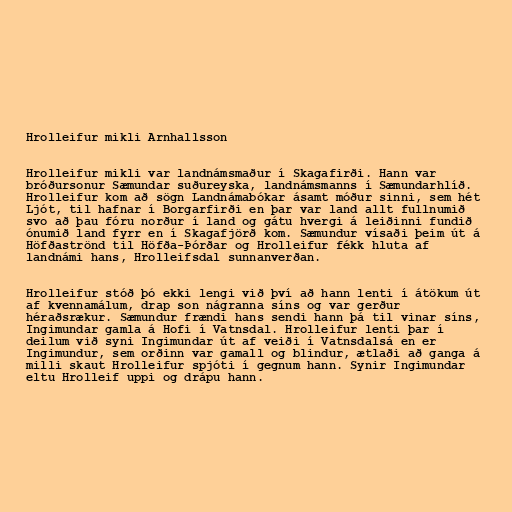
Hrolleifur mikli Arnhallsson

Hrolleifur mikli var landnámsmaður í Skagafirði. Hann var
bróðursonur Sæmundar suðureyska, landnámsmanns í Sæmundarhlíð.
Hrolleifur kom að sögn Landnámabókar ásamt móður sinni, sem hét
Ljót, til hafnar í Borgarfirði en þar var land allt fullnumið
svo að þau fóru norður í land og gátu hvergi á leiðinni fundið
ónumið land fyrr en í Skagafjörð kom. Sæmundur vísaði þeim út á
Höfðaströnd til Höfða-Þórðar og Hrolleifur fékk hluta af
landnámi hans, Hrolleifsdal sunnanverðan.

Hrolleifur stóð þó ekki lengi við því að hann lenti í átökum út
af kvennamálum, drap son nágranna síns og var gerður
héraðsrækur. Sæmundur frændi hans sendi hann þá til vinar síns,
Ingimundar gamla á Hofi í Vatnsdal. Hrolleifur lenti þar í
deilum við syni Ingimundar út af veiði í Vatnsdalsá en er
Ingimundur, sem orðinn var gamall og blindur, ætlaði að ganga á
milli skaut Hrolleifur spjóti í gegnum hann. Synir Ingimundar
eltu Hrolleif uppi og drápu hann.